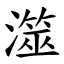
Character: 澨